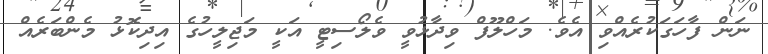
ނަން ފާހަގަކުރެއްވި އެވެ. މަހްލޫފް ވިދާޅުވީ ވެލޯސިޓީ އަކީ މަޖިލީހުގެ އިދިކޮޅު މެންބަރެއް